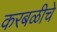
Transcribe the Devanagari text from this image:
करबळीचे